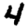
Digit: 4